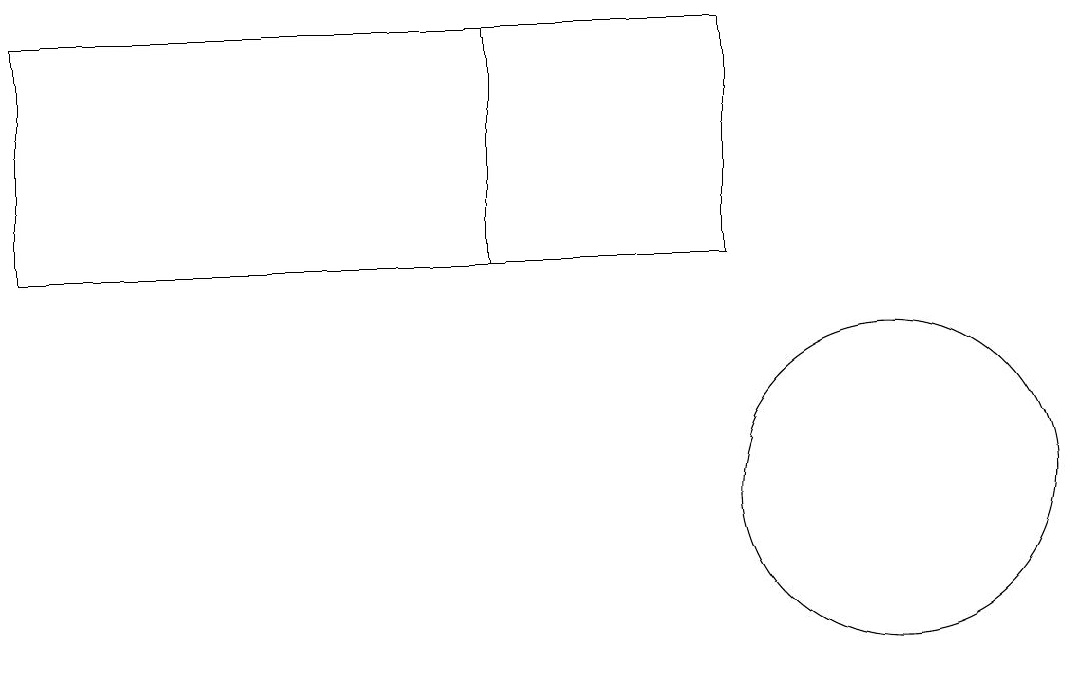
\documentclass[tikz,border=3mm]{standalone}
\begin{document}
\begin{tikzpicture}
\draw (0,13) rectangle (9,16);
\draw (11,10) circle (2);
\draw (0,13) rectangle (6,16);
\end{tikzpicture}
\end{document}